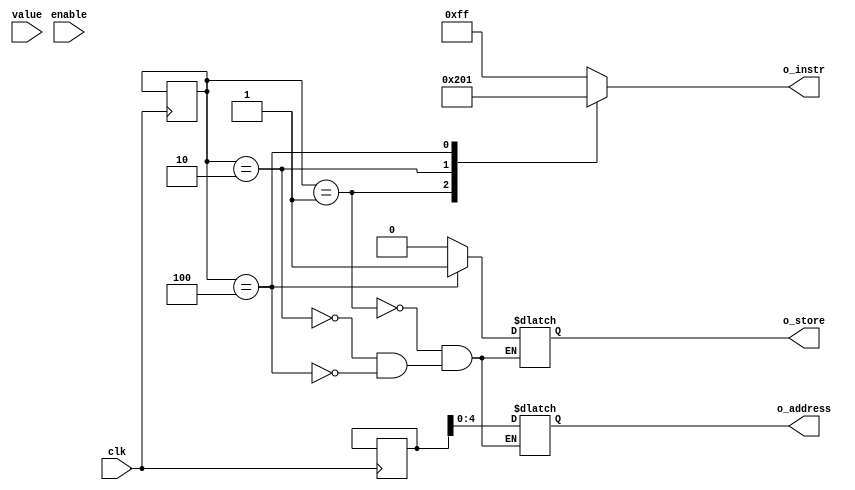
/*
    Author : Auke Dirk Pietersma
    Project: ByteBlast https://github.com/Auke-Dirk/ByteBlast
    Controler : ISA Decoder + line controller
*/

module ctrl(clk, enable, value, o_address,o_instr, o_store);

parameter ADDRESS_BITS = 5;
parameter INSTR_BITS = 3;

localparam VALUE_BITS = INSTR_BITS + ADDRESS_BITS;

input clk;
input enable;
input [VALUE_BITS - 1 : 0] value;

output reg [ADDRESS_BITS - 1:0] o_address;
output reg [7:0] o_instr;
output reg o_store;

reg [INSTR_BITS:0] instr;
reg [ADDRESS_BITS:0] address;
reg allow_decode;


initial begin
  o_instr = 0;
  o_address = 0;
  o_store = 0;
  allow_decode = 0;
  instr = 0;
end 

always @(posedge enable) begin
  allow_decode <= 1;
end


always @(posedge clk) begin
    if(allow_decode) begin
        instr <= value[7:5];
        address <= value[ADDRESS_BITS-1: 0];
        allow_decode = 0;
    end
end

always @(instr) begin
    case(instr)
      'b001: o_store = 0;
      'b010: o_store = 0; 
      'b100: o_store = 1;
    endcase

    case(instr)
    'b001: o_address = address;
    'b010: o_address = address; 
    'b100: o_address = address;
    endcase
    
    case(instr)
      'b001: o_instr = 'b00000000; // LD  => ALU: LD LHS      
      'b010: o_instr = 'b00000010; // ADD => ALU: LHS + RHS
      'b100: o_instr = 'b00000001; // STO => ALU: LD RHS
      default: o_instr = 'b11111111; 
    endcase
  end


endmodule